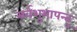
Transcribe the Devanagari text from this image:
सर्वशुभापन्तु